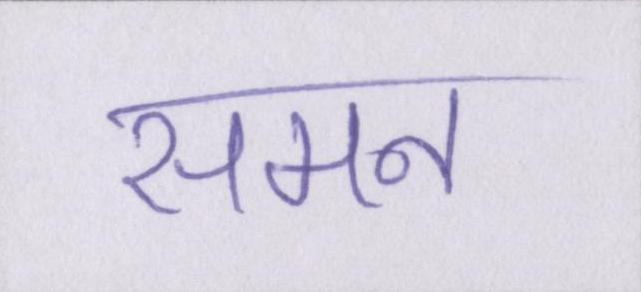
समन